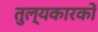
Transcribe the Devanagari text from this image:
तुल्यकारकों